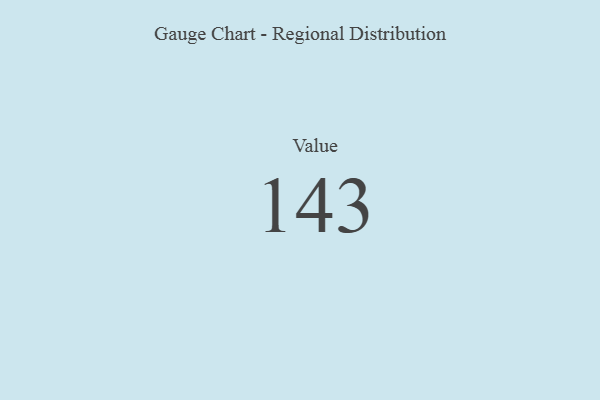
{"axis": {"x": "Metric", "y": "Value"}, "legend": [""], "data": [{"x": "Value", "y": 143, "type": ""}]}